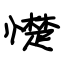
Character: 憷